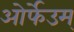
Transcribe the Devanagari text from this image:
ओर्फेउम्